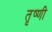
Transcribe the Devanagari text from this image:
तृष्णी